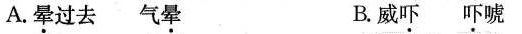
A.晕过去 m气晕 B.威吓 吓唬